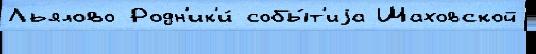
Льялово Родн'ик'и́ собы́т'иjа Шаховской